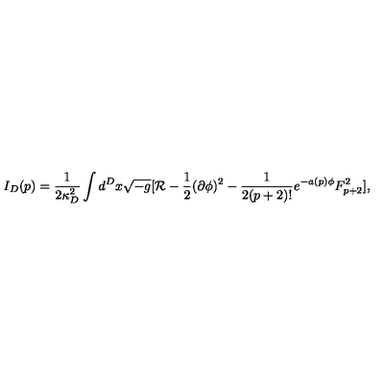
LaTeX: I _ { D } ( p ) = { \frac { 1 } { 2 \kappa _ { D } ^ { 2 } } } \int d ^ { D } x \sqrt { - g } [ { \cal R } - { \frac { 1 } { 2 } } ( \partial \phi ) ^ { 2 } - { \frac { 1 } { 2 ( p + 2 ) ! } } e ^ { - a ( p ) \phi } F _ { p + 2 } ^ { 2 } ] ,